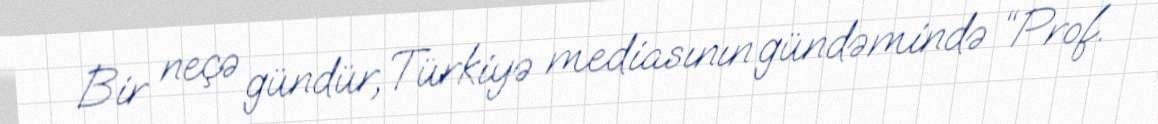
Bir neçə gündür, Türkiyə mediasının gündəmində “Prof.